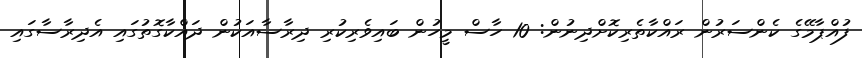
ފުއްޕާމޭގެ ކެންސަރުން ރައްކާތެރިކޮށްދިނުން: 10 ހާސް މީހުން ބައިވެރިކުރި ދިރާސާއަކުން ދައްކާގޮތުގައި އެދިރާސާގައި